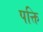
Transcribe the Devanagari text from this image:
पक्ति